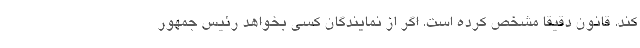
کند. قانون دقیقا مشخص کرده است. اگر از نمایندگان کسی بخواهد رئیس جمهور